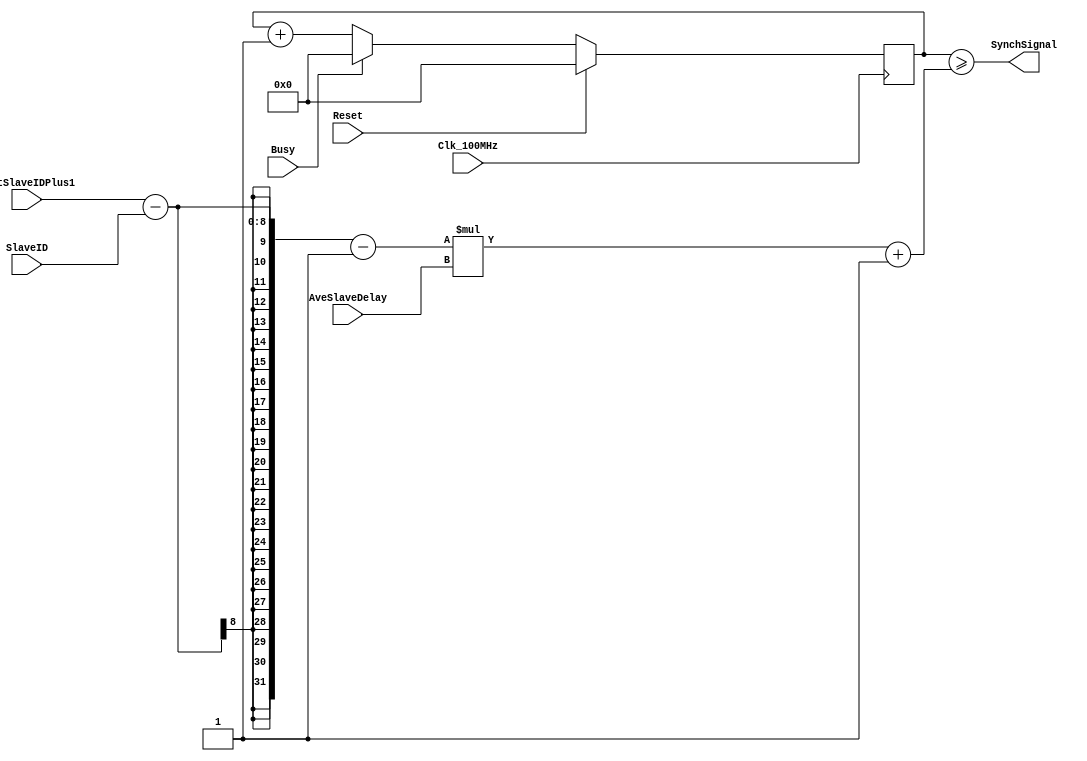
module SynchModule( Clk_100MHz, Reset, Busy, LastSlaveIDPlus1, SlaveID, AveSlaveDelay, SynchSignal);

input          Clk_100MHz;
input          Reset;
input          Busy;
input   [7:0]  LastSlaveIDPlus1;
input   [7:0]  SlaveID;
input   [7:0]  AveSlaveDelay;

output         SynchSignal;

wire   [31:0]  SynchDelay;

wire           SynchSignal;
reg    [31:0]  SynchDelayCnt;


assign SynchDelay = (LastSlaveIDPlus1 - SlaveID - 8'd1) * AveSlaveDelay + 32'd1;

always @ (posedge Clk_100MHz)
begin
   if ( Reset )
      SynchDelayCnt <= 32'd0;
   else
   if (Busy)
      SynchDelayCnt <= 32'd0; 
   else
      SynchDelayCnt <= SynchDelayCnt + 32'd1;
end

assign SynchSignal = SynchDelayCnt >= SynchDelay;


endmodule